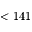
< 1 4 1